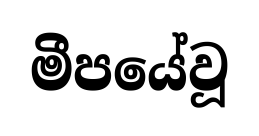
මීපයේවූ